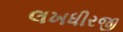
લખધીરજી